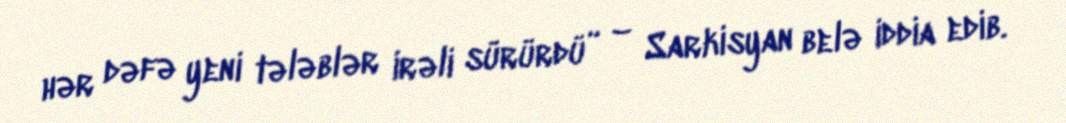
hər dəfə yeni tələblər irəli sürürdü” – Sarkisyan belə iddia edib.